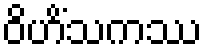
ဝိဟိံသကဿ